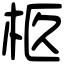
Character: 柩